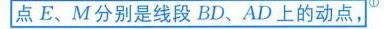
点\(E、M\)分别是线段\(BD、AD\)上的动点，